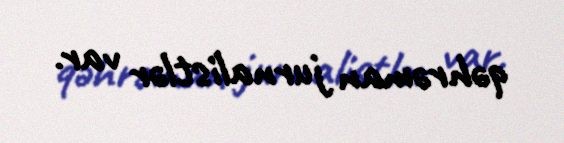
qəhrəman jurnalistlər var.